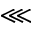
\lll